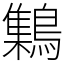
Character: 𪆐